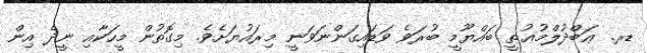
ޑރ. ޢަބްދުލްމުޢުޠީ ބައްޔޫމީ ބުރަވެ ވަޑައިގަންނަވަނީ މިރައުޔަށެވެ. މިގޮތުން މީހަކާއި ނީދެ އިން